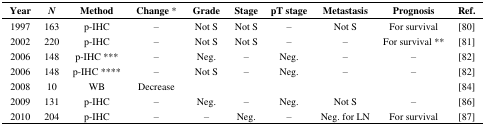
<table><thead><tr><td><b>Year</b></td><td><b><i>N</i></b></td><td><b>Method</b></td><td><b>Change *</b></td><td><b>Grade</b></td><td><b>Stage</b></td><td><b>pT stage</b></td><td><b>Metastasis</b></td><td><b>Prognosis</b></td><td><b>Ref.</b></td></tr></thead><tbody><tr><td>1997</td><td>163</td><td>p-IHC</td><td>–</td><td>Not S</td><td>Not S</td><td>–</td><td>Not S</td><td>For survival</td><td>[80]</td></tr><tr><td>2002</td><td>220</td><td>p-IHC</td><td>–</td><td>Not S</td><td>Not S</td><td>–</td><td>–</td><td>For survival **</td><td>[81]</td></tr><tr><td>2006</td><td>148</td><td>p-IHC ***</td><td>–</td><td>Neg.</td><td>–</td><td>Neg.</td><td>–</td><td>–</td><td>[82]</td></tr><tr><td>2006</td><td>148</td><td>p-IHC ****</td><td>–</td><td>Not S</td><td>–</td><td>Neg.</td><td>–</td><td>–</td><td>[82]</td></tr><tr><td>2008</td><td>10</td><td>WB</td><td>Decrease</td><td></td><td></td><td></td><td></td><td></td><td>[84]</td></tr><tr><td>2009</td><td>131</td><td>p-IHC</td><td>–</td><td>Neg.</td><td>–</td><td>Neg.</td><td>Not S</td><td>–</td><td>[86]</td></tr><tr><td>2010</td><td>204</td><td>p-IHC</td><td>–</td><td>–</td><td>Neg.</td><td>–</td><td>Neg. for LN</td><td>For survival</td><td>[87]</td></tr></tbody></table>